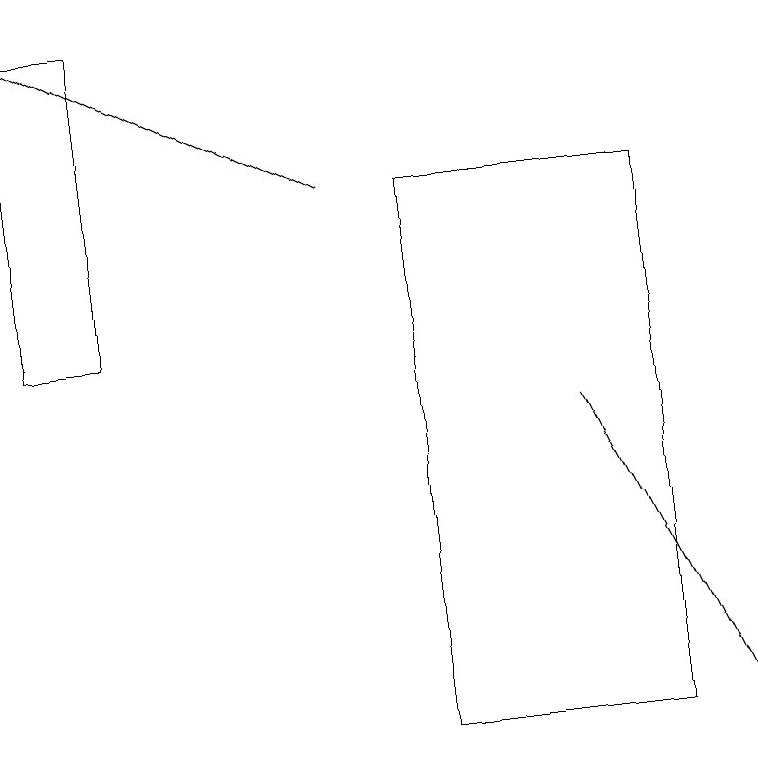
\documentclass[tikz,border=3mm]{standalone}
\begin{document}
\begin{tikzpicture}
\draw (1,15) rectangle (0,19);
\draw (5,10) rectangle (8,17);
\draw[->] (4,17) -- (0,19);
\draw[->] (7,14) -- (9,10);
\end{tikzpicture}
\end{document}